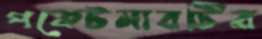
পকেটমারটির